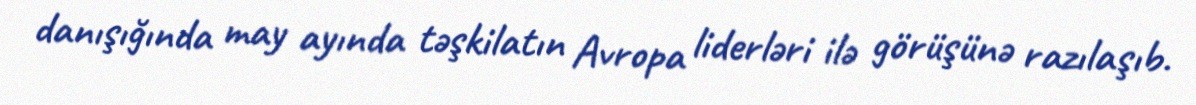
danışığında may ayında təşkilatın Avropa liderləri ilə görüşünə razılaşıb.